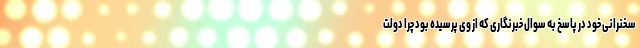
سخنرانی خود در پاسخ به سوال خبرنگاری که از وی پرسیده بود چرا دولت